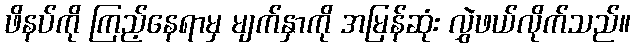
ဖိနပ်ကို ကြည့်နေရာမှ မျက်နှာကို အမြန်ဆုံး လွှဲဖယ်လိုက်သည်။